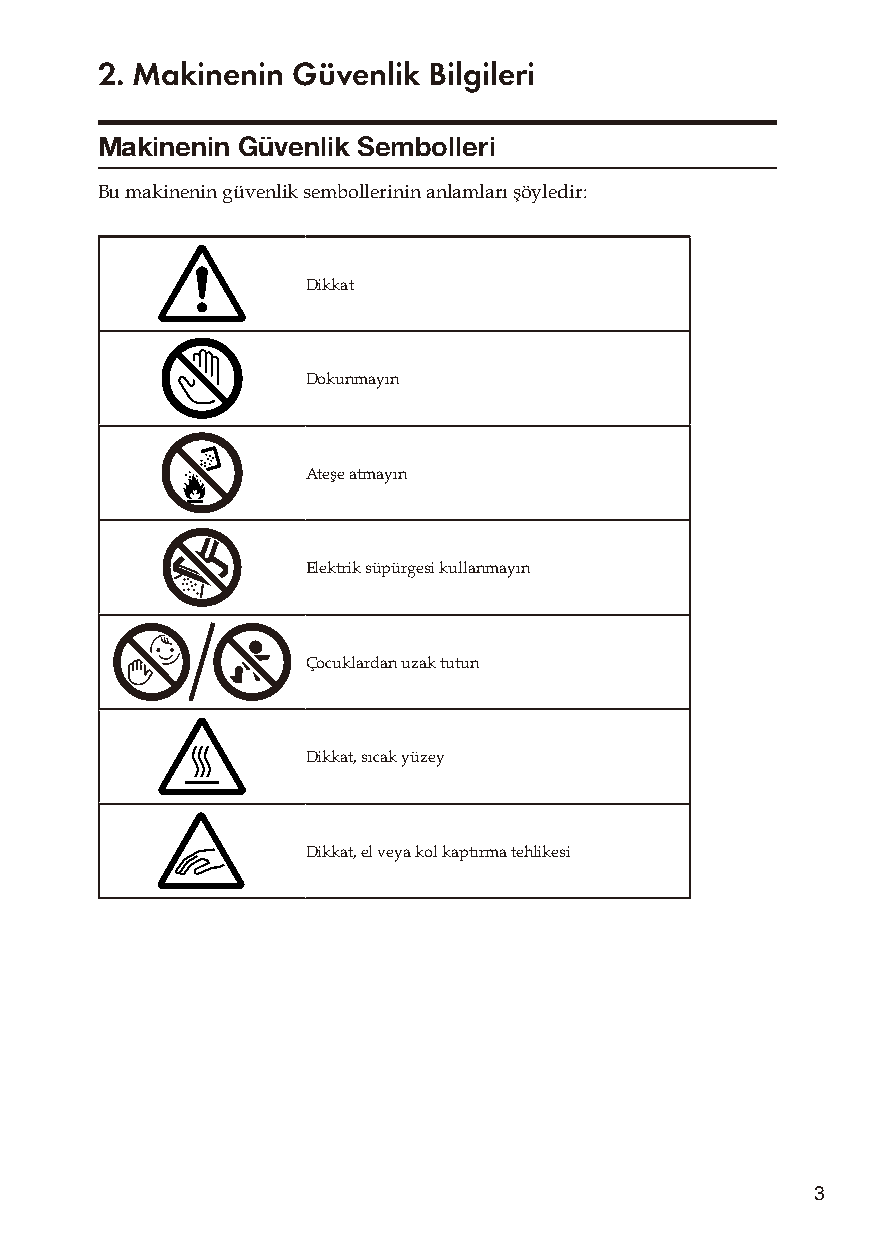
2. Makinenin Güvenlik Bilgileri
 Makinenin Güvenlik Sembolleri
 Bu makinenin güvenlik sembollerinin anlamları şöyledir:
 Dikkat
 Dokunmayın
 Ateşe atmayın
 Elektrik süpürgesi kullanmayın
 Çocuklardan uzak tutun
 Dikkat, sıcak yüzey
 Dikkat, el veya kol kaptırma tehlikesi
 3